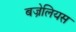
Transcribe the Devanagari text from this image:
बज्रेलियस